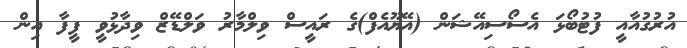
އުރުގުއާއީ ފުޓުބޯޅަ އެސޯސިއޭޝަން (އޭޔޫއެފް)ގެ ރައީސް ވިލްމާރު ވަލްޑޭޒް ވިދާޅުވީ ފީފާ އިން